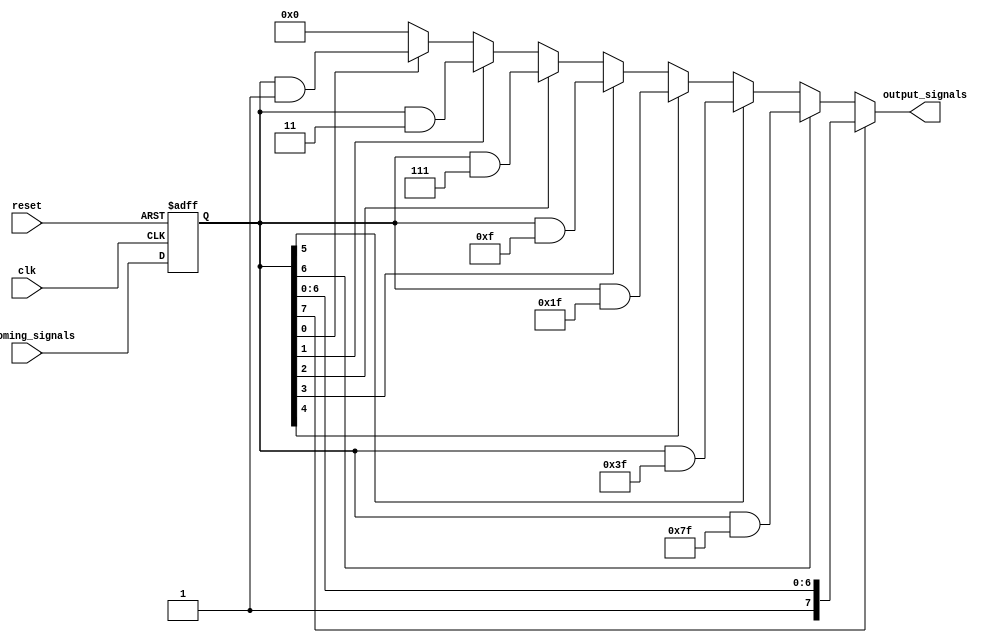
module Priority_Bypass_Register (
  input wire clk,
  input wire reset,
  input wire [7:0] incoming_signals,
  output wire [7:0] output_signals
);

// Timing control and synchronization logic
reg [7:0] synced_signals;

always @(posedge clk or posedge reset) begin
  if (reset) begin
    synced_signals <= 8'b0;
  end else begin
    synced_signals <= incoming_signals;
  end
end

// Priority bypass logic
always @* begin
  if (synced_signals[7] == 1'b1) begin
    output_signals = synced_signals;
  end else if (synced_signals[6] == 1'b1) begin
    output_signals = synced_signals & 8'b01111111;
  end else if (synced_signals[5] == 1'b1) begin
    output_signals = synced_signals & 8'b00111111;
  end else if (synced_signals[4] == 1'b1) begin
    output_signals = synced_signals & 8'b00011111;
  end else if (synced_signals[3] == 1'b1) begin
    output_signals = synced_signals & 8'b00001111;
  end else if (synced_signals[2] == 1'b1) begin
    output_signals = synced_signals & 8'b00000111;
  end else if (synced_signals[1] == 1'b1) begin
    output_signals = synced_signals & 8'b00000011;
  end else if (synced_signals[0] == 1'b1) begin
    output_signals = synced_signals & 8'b00000001;
  end else begin
    output_signals = 8'b0;
  end
end

endmodule